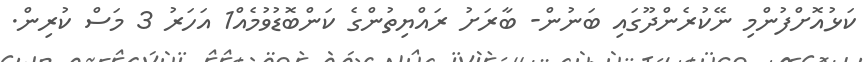
ކަޅުއޮށްފުންމި ނޭކުރެންދޫގައި ބަނުން- ބާރަށު ރައްޔިތުންގެ ކަންބޮޑުވުމެއް1 އަހަރު 3 މަސް ކުރިން.